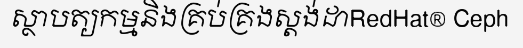
ស្ថាបត្យកម្មនិងគ្រប់គ្រងស្តង់ដាRedHat® Ceph